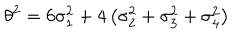
LaTeX: \theta ^ { 2 } = 6 \sigma _ { 1 } ^ { 2 } + 4 \left( \sigma _ { 2 } ^ { 2 } + \sigma _ { 3 } ^ { 2 } + \sigma _ { 4 } ^ { 2 } \right)